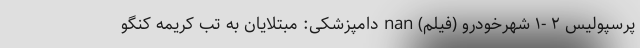
پرسپولیس ۲ -۱ شهرخودرو (فیلم) nan دامپزشکی: مبتلایان به تب کریمه کنگو